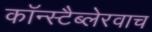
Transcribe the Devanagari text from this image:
कॉन्स्टैब्लेरवाच